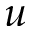
u